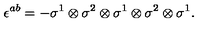
\epsilon ^ { a b } = - \sigma ^ { 1 } \otimes \sigma ^ { 2 } \otimes \sigma ^ { 1 } \otimes \sigma ^ { 2 } \otimes \sigma ^ { 1 } .